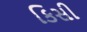
કિસી